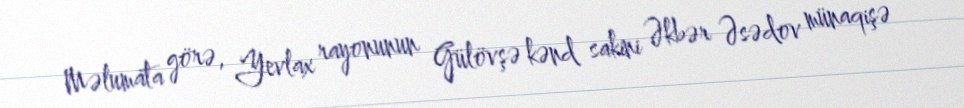
Məlumata görə, Yevlax rayonunun Gülövşə kənd sakini Əkbər Əsədov münaqişə